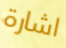
اشارة